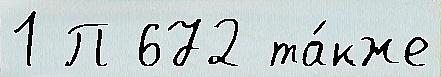
1 П 672 та́кже